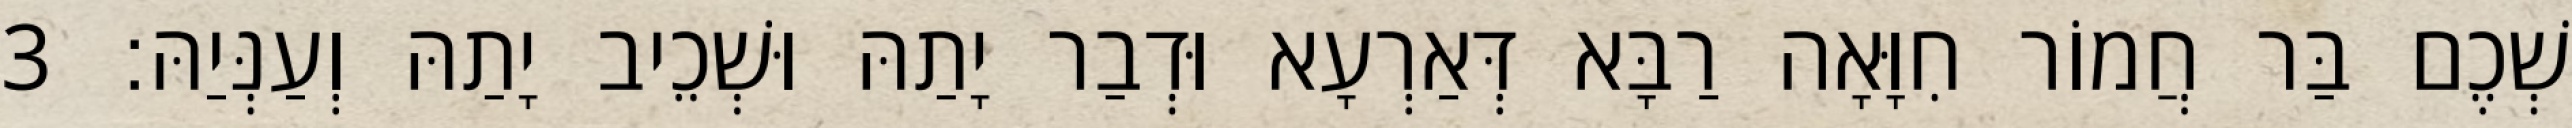
שְׁכֶם בַּר חֲמוֹר חִוָּאָה רַבָּא דְּאַרְעָא וּדְבַר יָתַהּ וּשְׁכֵיב יָתַהּ וְעַנְּיַהּ׃ 3